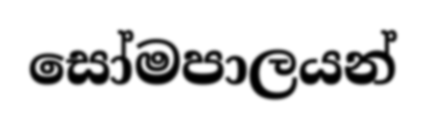
සෝමපාලයන්